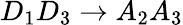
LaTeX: D_{1}D_{3}\rightarrow A_{2}A_{3}